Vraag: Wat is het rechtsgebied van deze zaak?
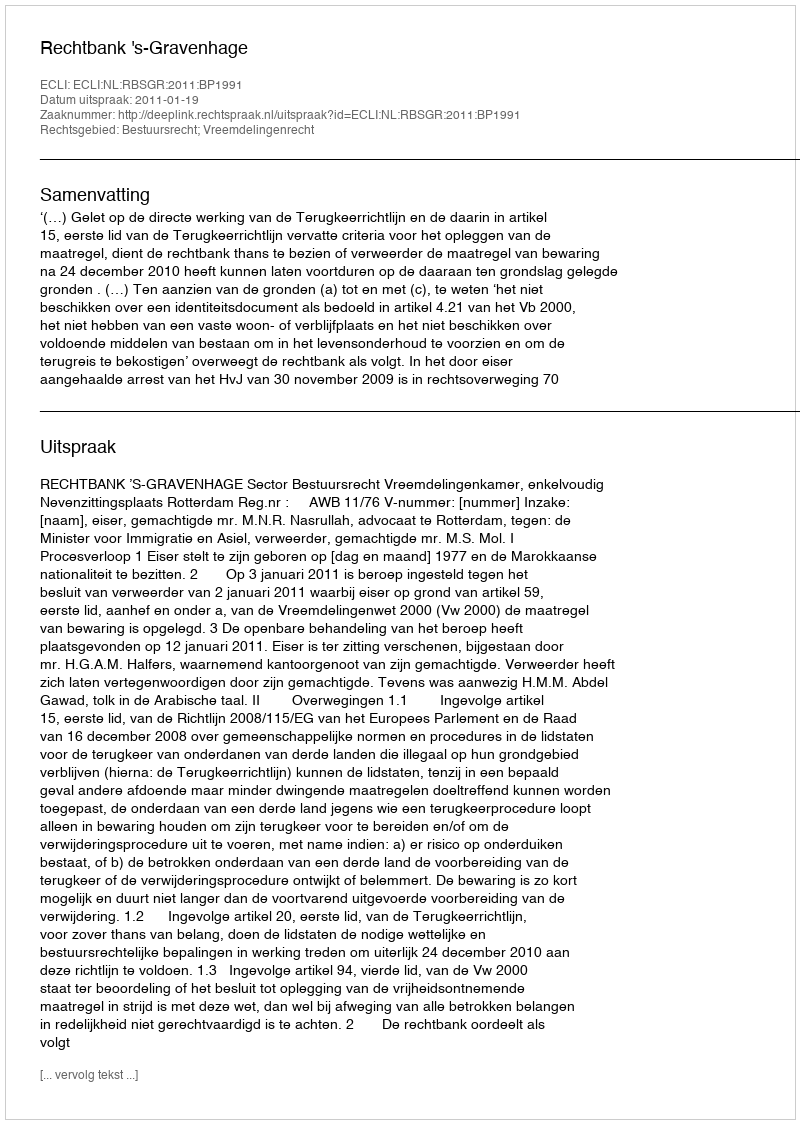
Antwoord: Bestuursrecht; Vreemdelingenrecht